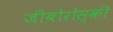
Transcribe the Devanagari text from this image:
ज़ीबोरोस्‍की